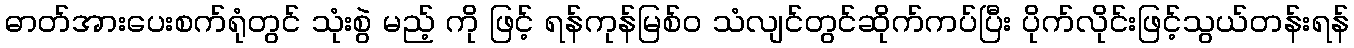
ဓာတ်အားပေးစက်ရုံတွင် သုံးစွဲ မည့် ကို ဖြင့် ရန်ကုန်မြစ်ဝ သံလျင်တွင်ဆိုက်ကပ်ပြီး ပိုက်လိုင်းဖြင့်သွယ်တန်းရန်